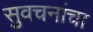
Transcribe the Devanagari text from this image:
सुवचनांचा